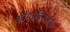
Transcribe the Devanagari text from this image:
सोयाबिनाच्या